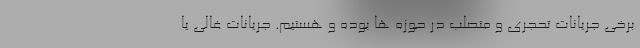
برخی جریانات تحجری و متصلب در حوزه ها بوده و هستیم. جریانات غالی یا